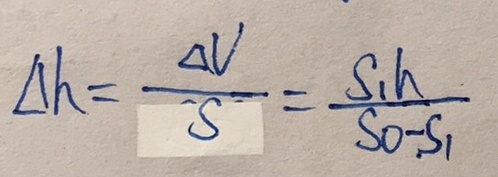
\Delta h = \frac { \Delta V } { S } = \frac { S _ { 1 } } { S _ { 0 } - S _ { 1 } }